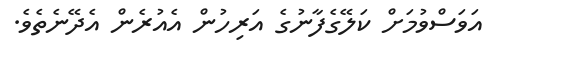
އަވަސްވުމަށް ކަލޭގެފާނުގެ އަރިހުން އެއުރެން އެދޭނެތެވެ.